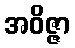
အဝိဇ္ဇာ